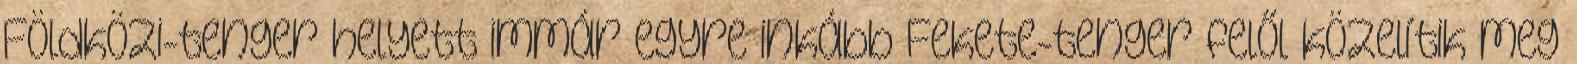
Földközi-tenger helyett immár egyre inkább Fekete-tenger felől közelítik meg